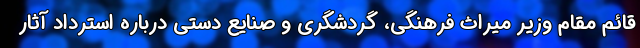
قائم مقام وزیر میراث فرهنگی، گردشگری و صنایع دستی درباره استرداد آثار